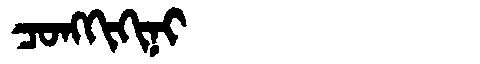
Manchu: ᠴᠣᠩᡴᡳᡴᡳᠨᡳ
Romanization: CONGKIKINI